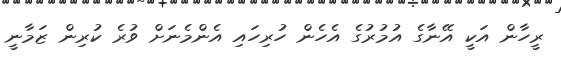
ރީހާން އަކީ އޭނާގެ އުމުރުގެ އެހެން ހުރިހައި އެންމެނަށް ވުރެ ކުރިން ޒަމާނީ